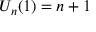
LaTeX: U _ { n } ( 1 ) = n + 1